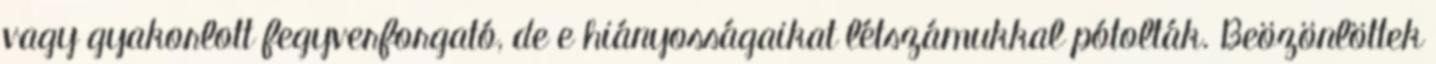
vagy gyakorlott fegyverforgató, de e hiányosságaikat létszámukkal pótolták. Beözönlöttek